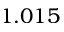
1 . 0 1 5